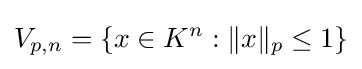
V_{p,n}=\{x\in K^{n}:\|x\|_{p}\leq 1\}